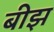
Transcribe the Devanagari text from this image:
बीझ